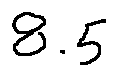
8 . 5